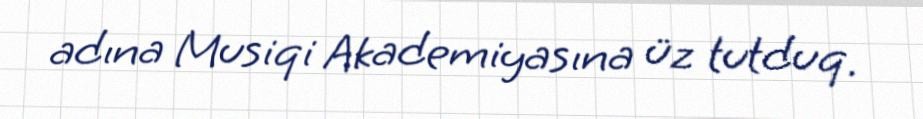
adına Musiqi Akademiyasına üz tutduq.